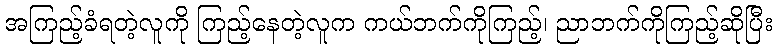
အကြည့်ခံရတဲ့လူကို ကြည့်နေတဲ့လူက ကယ်ဘက်ကိုကြည့်၊ ညာဘက်ကိုကြည့်ဆိုပြီး